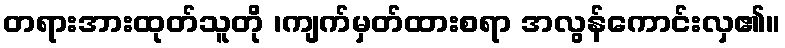
တရားအားထုတ်သူတို ၊ကျက်မှတ်ထားစရာ အလွန်ကောင်းလှ၏။